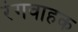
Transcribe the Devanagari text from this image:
रंगवाहक